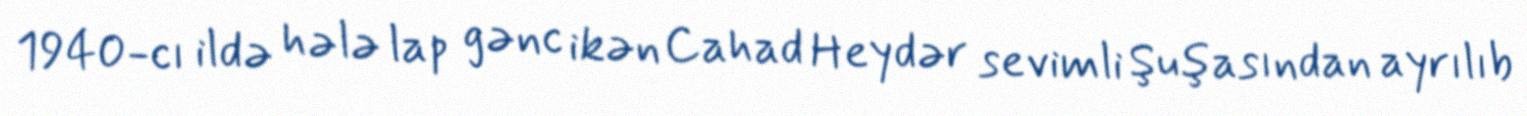
1940-cı ildə hələ lap gənc ikən Cahad Heydər sevimli Şuşasından ayrılıb